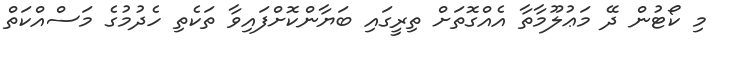
މި ކޯޓުން ދޭ މަޢުލޫމާތާ އެއްގޮތަށް ތިރީގައި ބަޔާންކޮށްފައިވާ ތަކެތި ހެދުމުގެެ މަސްއްކަތް